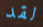
لقد